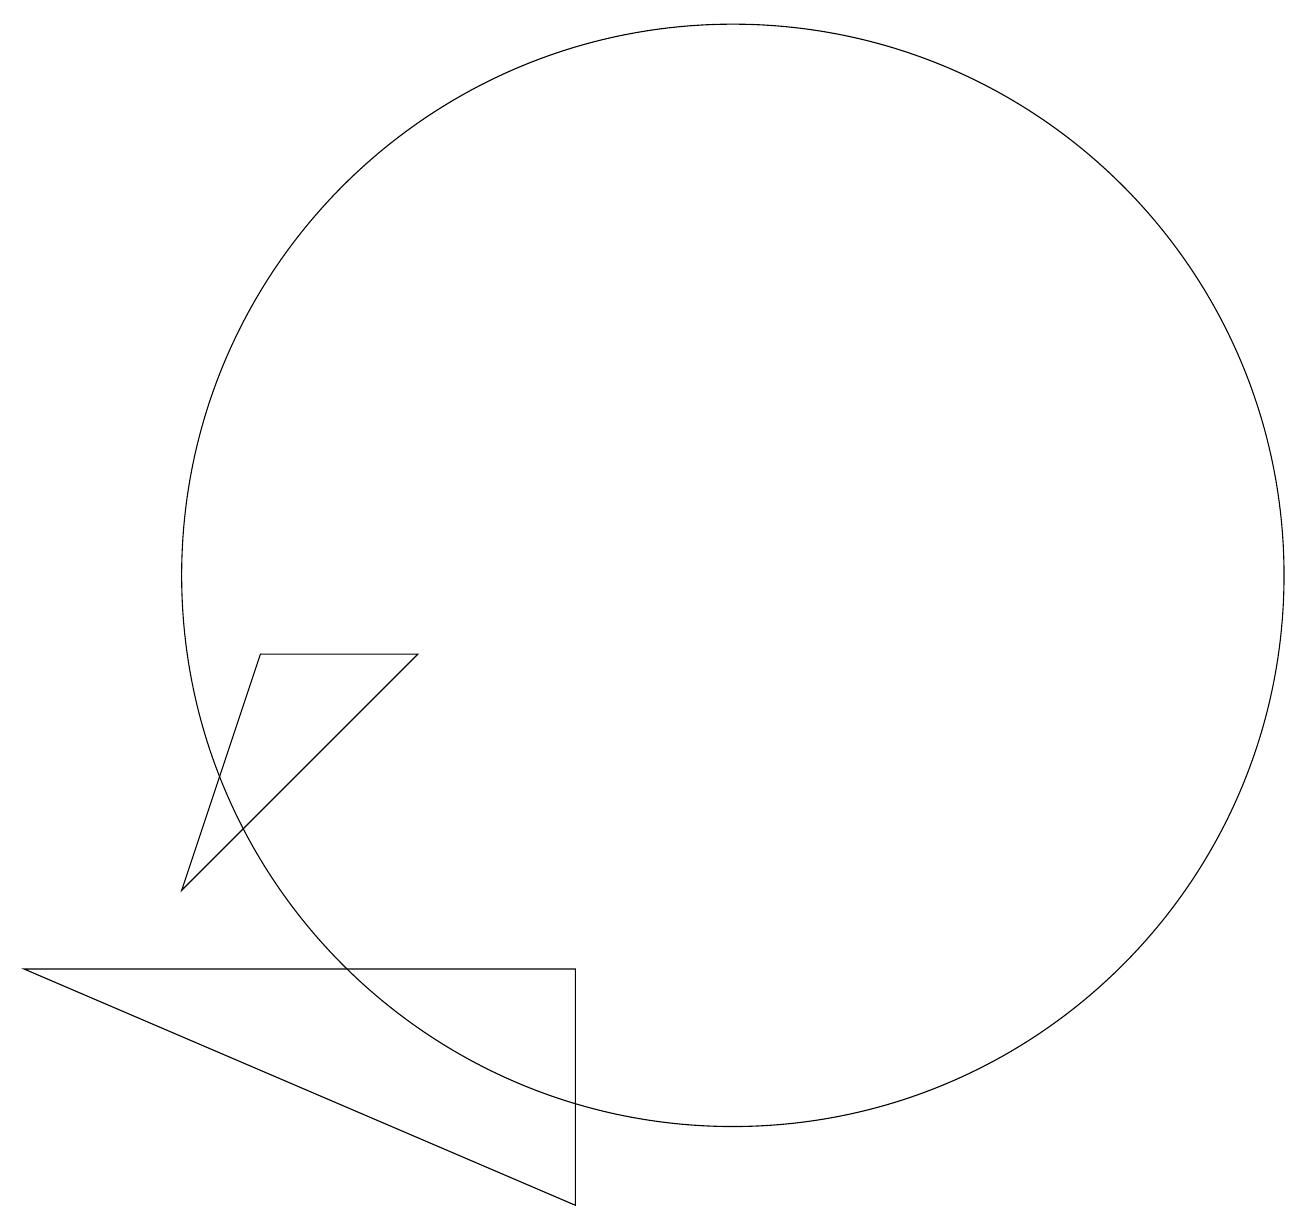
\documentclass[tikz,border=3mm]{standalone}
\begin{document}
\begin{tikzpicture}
\draw (3,6) -- (4,9) -- (6,9) -- cycle;
\draw (8,5) -- (8,2) -- (1,5) -- cycle;
\draw (10,10) circle (7);
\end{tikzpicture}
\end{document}